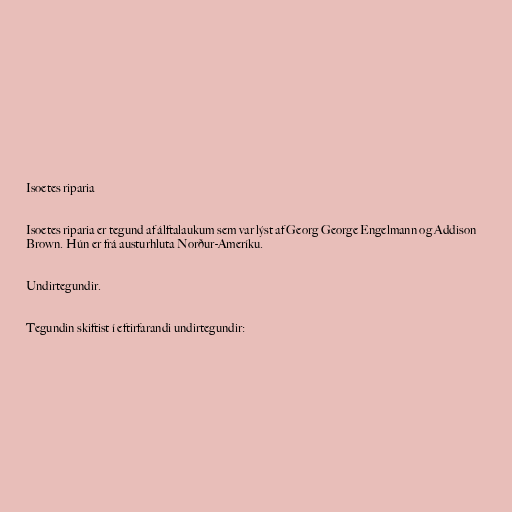
Isoetes riparia

Isoetes riparia er tegund af álftalaukum sem var lýst af Georg George Engelmann og Addison
Brown. Hún er frá austurhluta Norður-Ameríku.

Undirtegundir.

Tegundin skiftist í eftirfarandi undirtegundir: